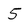
Character: 5